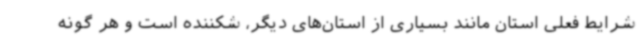
شرایط فعلی استان مانند بسیاری از استان‌های دیگر، شکننده است و هر گونه